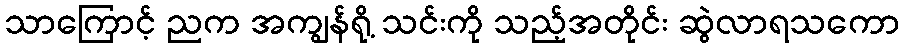
သာကြောင့် ညက အကျွန်ရို့ သင်းကို သည့်အတိုင်း ဆွဲလာရသကော